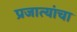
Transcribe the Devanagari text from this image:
प्रजात्यांचा